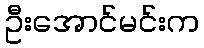
ဦးအောင်မင်းက